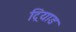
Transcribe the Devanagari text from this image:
ट्रियाड